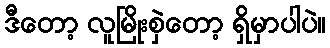
ဒီတော့ လူမြိုးစှဲတော့ ရှိမှာပါပဲ။